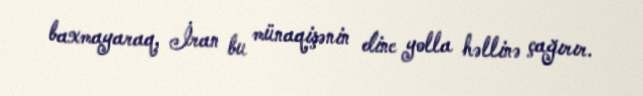
baxmayaraq, İran bu münaqişənin dinc yolla həllinə çağırır.